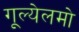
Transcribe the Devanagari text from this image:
गूल्येलमो